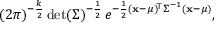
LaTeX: ( 2 \pi ) ^ { - { \frac { k } { 2 } } } \operatorname* { d e t } ( { \boldsymbol { \Sigma } } ) ^ { - { \frac { 1 } { 2 } } } \, e ^ { - { \frac { 1 } { 2 } } ( \mathbf { x } - { \boldsymbol { \mu } } ) ^ { \! { \mathsf { T } } } { \boldsymbol { \Sigma } } ^ { - 1 } ( \mathbf { x } - { \boldsymbol { \mu } } ) } ,